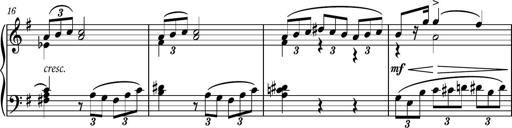
Title: Piano Sonatina No.7
Composer: Dimitri Sykias
Key: G major